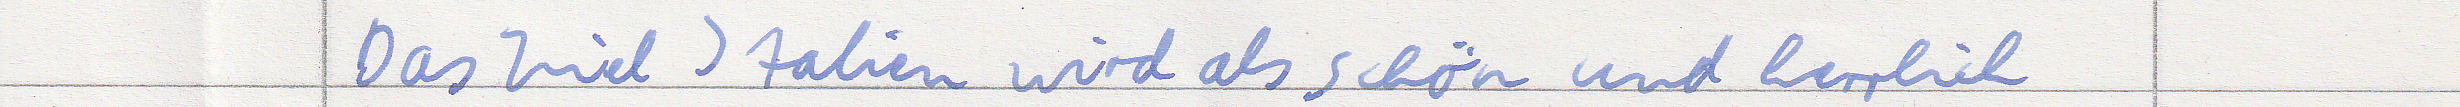
Das Ziel Italien wird als schön und herrlich